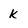
Character: k